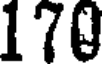
170